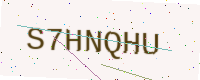
Text: S7HNQHU